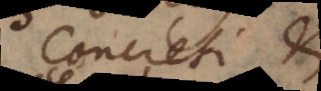
Concreti et